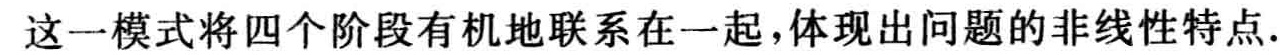
这一模式将四个阶段有机地联系在一起，体现出问题的非线性特点.